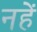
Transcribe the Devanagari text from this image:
नहें